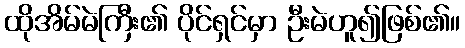
ထိုအိမ်မဲကြီး၏ ပိုင်ရှင်မှာ ဦးမဲဟူ၍ဖြစ်၏။